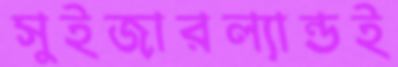
সুইজারল্যান্ডই